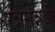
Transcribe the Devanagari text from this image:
रन्नगन्नडी